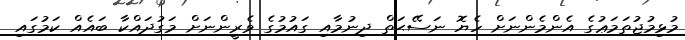
މުޅިމުޖުތަމަޢުގެ އެންމެންނަށް ހެޔޮ ނަސޭޙަތް ދިނުމާއި ގައުމުގެ ވެރީންނަށް މަގުދައްކާ ބައެއް ކަމުގައި